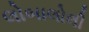
લોબાલોલી